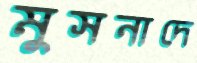
মুসনাদে